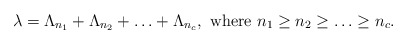
\begin{align*} \lambda = \Lambda_{n_1}+\Lambda_{n_2}+\ldots +\Lambda_{n_c}, \mbox{ where } n_1\geq n_2\geq \ldots \geq n_c.\end{align*}